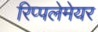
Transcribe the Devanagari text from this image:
रिप्‍पलेमेयर